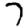
Digit: 7